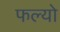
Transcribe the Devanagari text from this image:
फल्‍यो